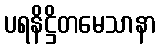
ပရနိဋ္ဌိတမေသာနာ